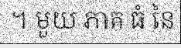
។ មួយ ភាគ ធំ នៃ